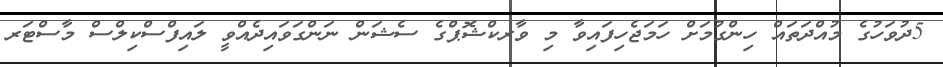
5ދުވަހުގެ މުއްދަތައް ހިންގުމަށް ހަމަޖެހިފައިވާ މި ވާރކްޝޮޕްގެ ސެޝަން ނަންގަވައިދެއްވީ ލައިފްސްކިލްސް މާސްޓަރ